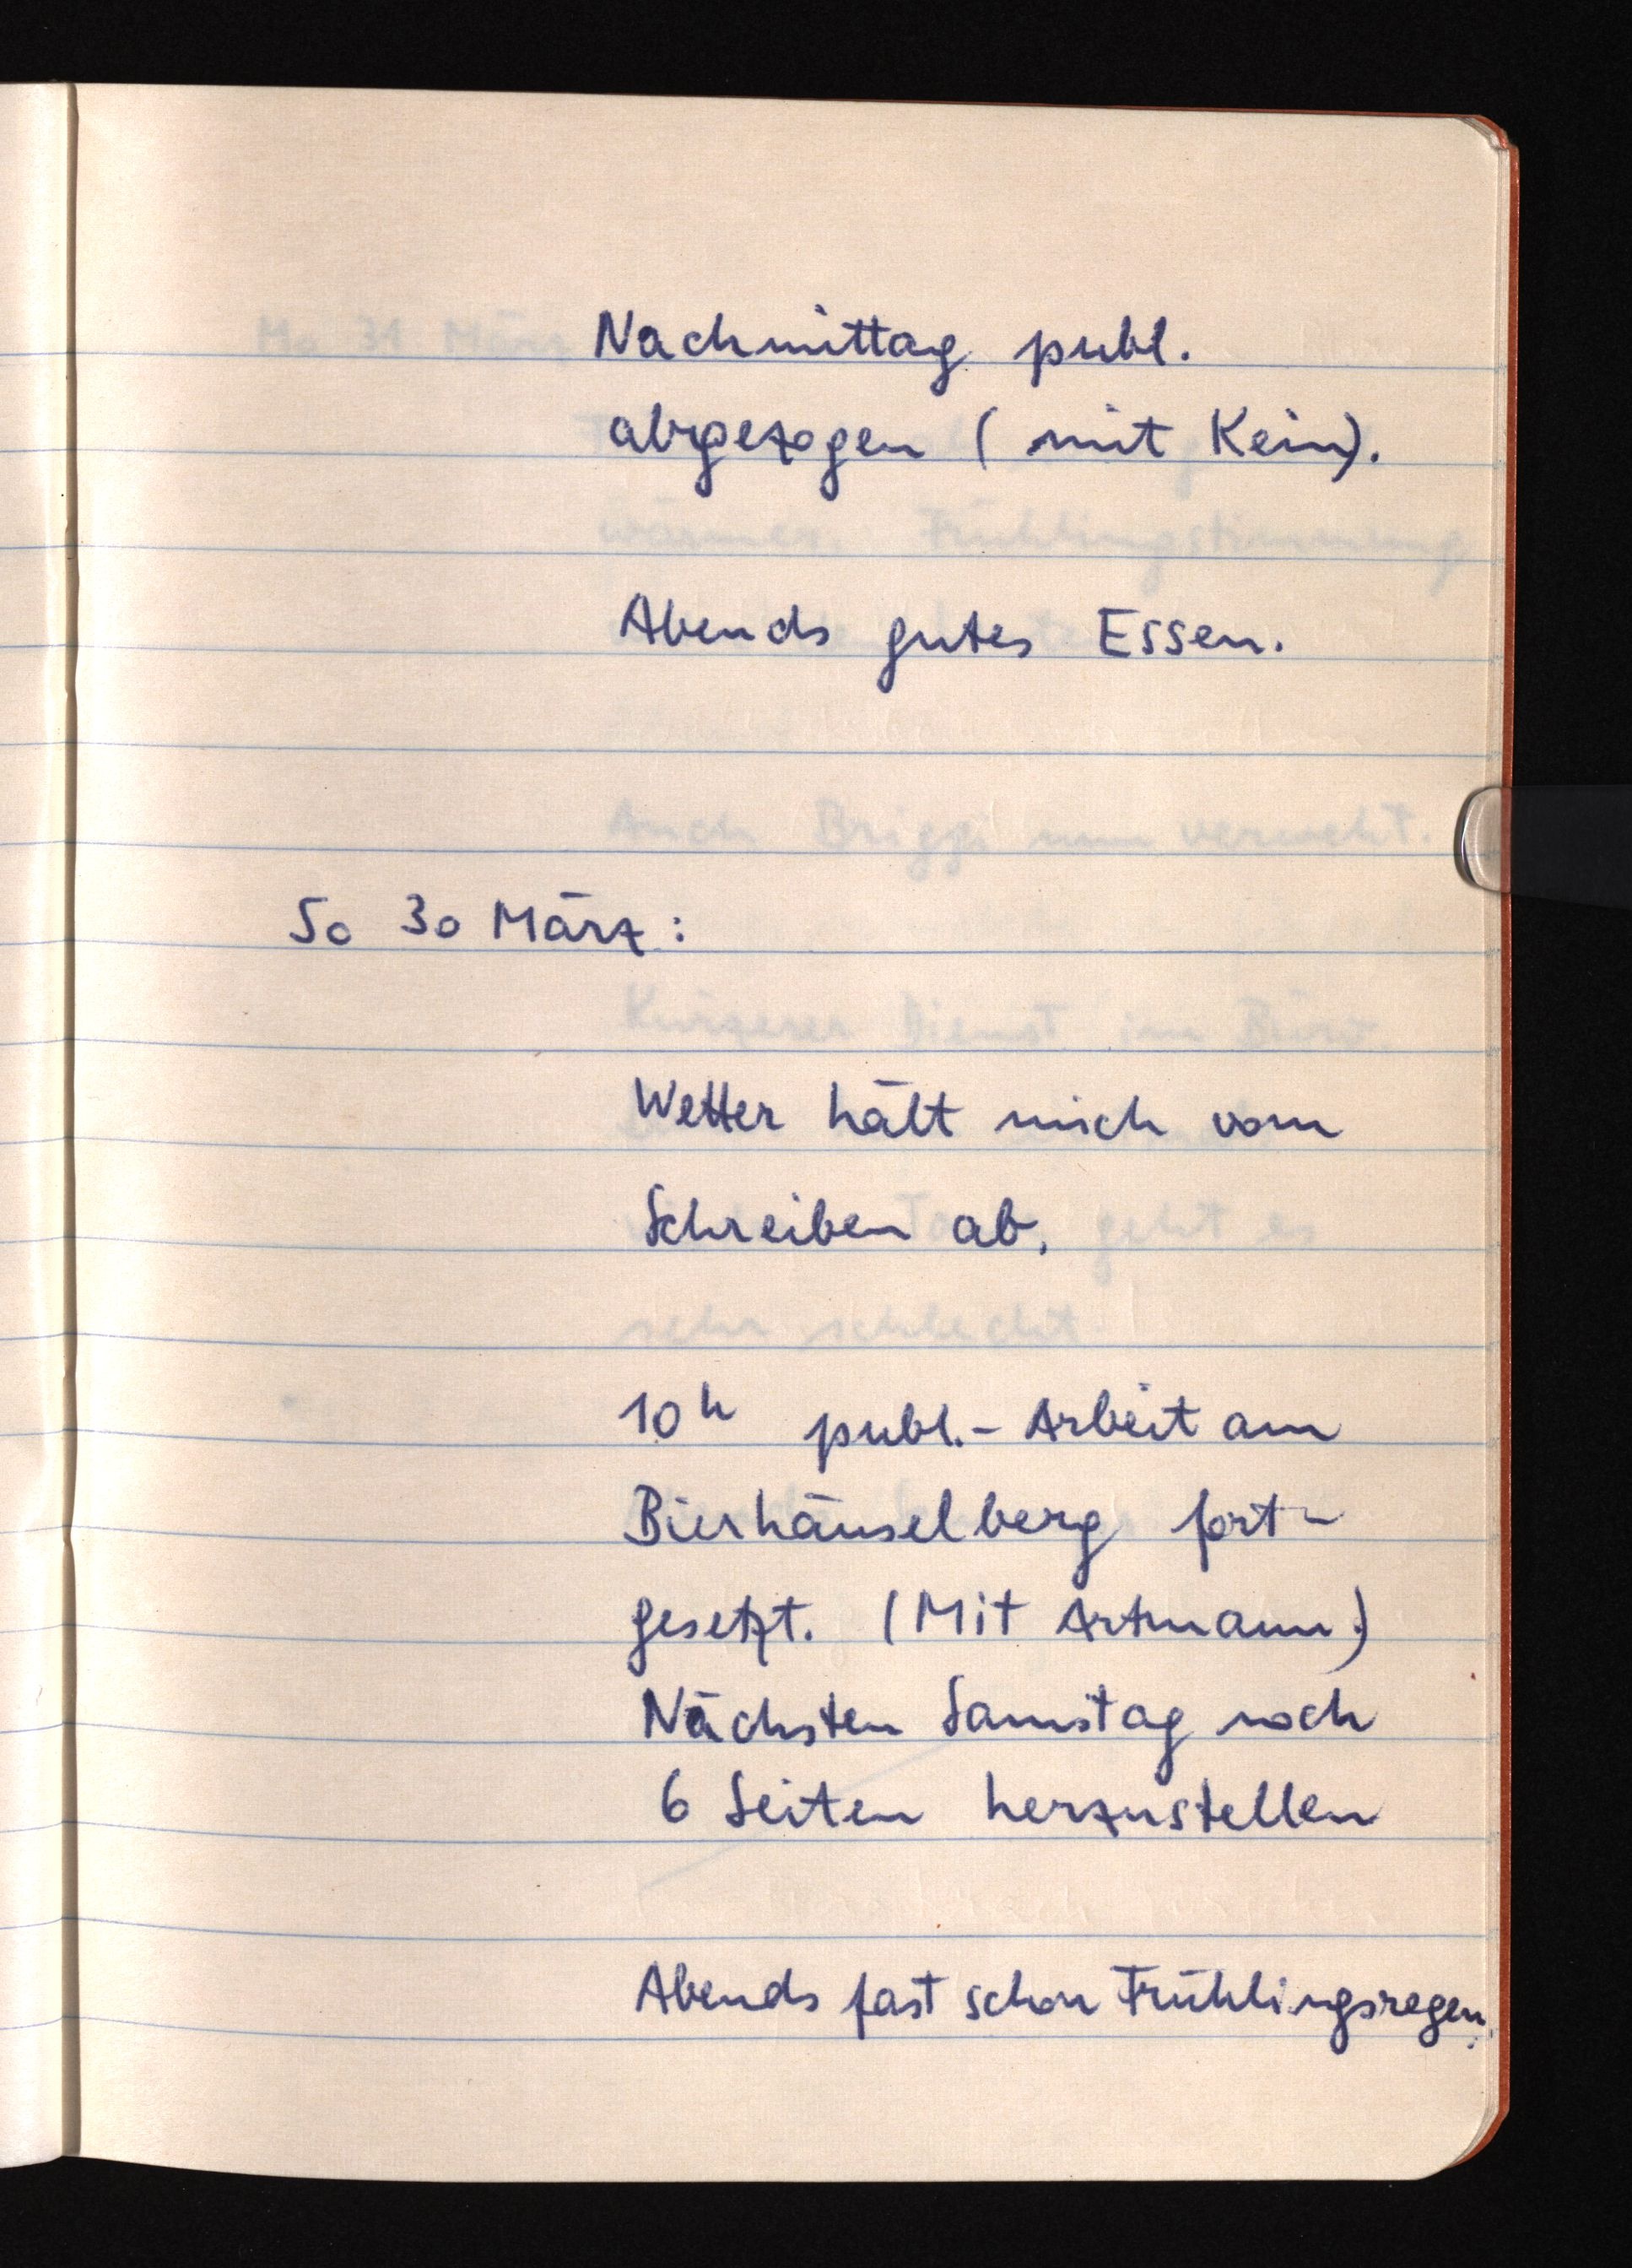
Nachmittag publ.
abgezogen (mit Kein).
Abends gutes Essen.
So 30 März:
Wetter hält mich vom
Schreiben ab.
10h publ.-Arbeit am
Bierhäuselberg fort¬
gesetzt. (Mit Artmann.)
Nächsten Samstag noch
6 Seiten herzustellen
Abends fast schon Frühlingsregen.